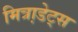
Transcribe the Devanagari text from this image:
मित्रा़डेट्स